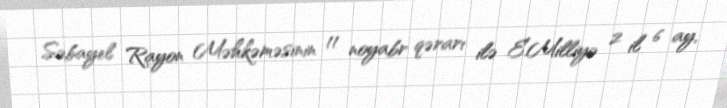
Səbayel Rayon Məhkəməsinin 11 noyabr qərarı ilə E.Milliyə 2 il 6 ay,